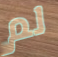
لم